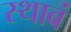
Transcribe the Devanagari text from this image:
स्थाबं